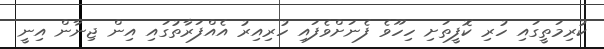
ކުރިމަތީގައި ހުރި ކޮފީތަށި ހިހޫވެ ފެނަށްވެފައި ހުރިއިރު އެއްފަރާތުގައި އިން ޖިނާން އިނީ